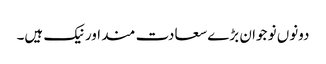
دونوں نو جوان بڑے سعادت مند اور نیک ہیں۔